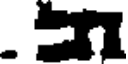
.